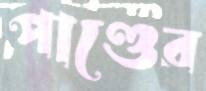
পাণ্ডের